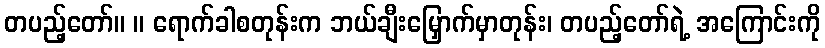
တပည့်တော်။ ။ ရောက်ခါစတုန်းက ဘယ်ချီးမြှောက်မှာတုန်း၊ တပည့်တော်ရဲ့ အကြောင်းကို